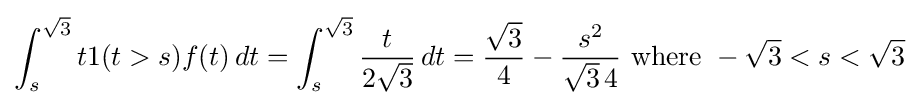
\int _{s}^{\sqrt {3}}t1(t>s)f(t)\,dt=\int _{s}^{\sqrt {3}}{\frac {t}{2{\sqrt {3}}}}\,dt={\frac {\sqrt {3}}{4}}-{\frac {s^{2}}{{\sqrt {3}}\,4}}{\text{ where }}-{\sqrt {3}}<s<{\sqrt {3}}